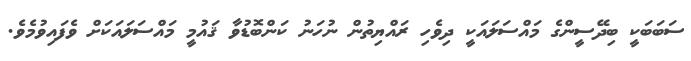
ސަބަބަކީ ބިދޭސީންގެ މައްސަލައަކީ ދިވެހި ރައްޔިތުން ނުހަނު ކަންބޮޑުވާ ޤައުމީ މައްސަލައަކަށް ވެފައިވުމެެވެ.